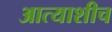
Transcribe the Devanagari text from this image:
आत्याशीच